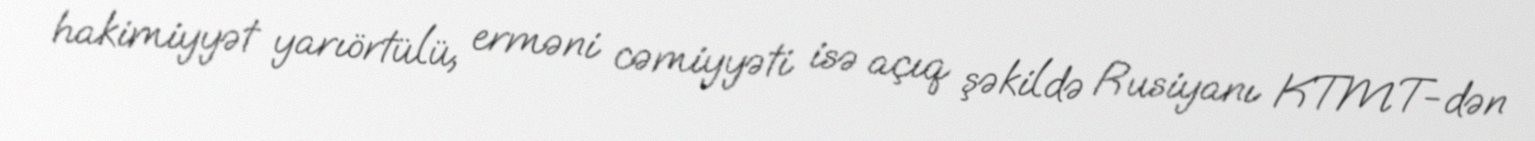
hakimiyyət yarıörtülü, erməni cəmiyyəti isə açıq şəkildə Rusiyanı KTMT-dən